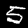
Label: 5